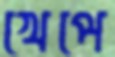
খেপে